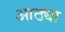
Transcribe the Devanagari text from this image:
आठ्या